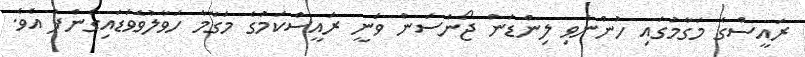
ރައީސްގެ މަގާމުގައި ހުންނެވި ލިންޑަން ޖޯންސަން ވަނީ ރައީސްކަމުގެ މަގާމާ ހަވާލުވެވަޑައިގެންފަ އެވެ.